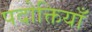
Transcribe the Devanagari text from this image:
पदोक्तियाँ